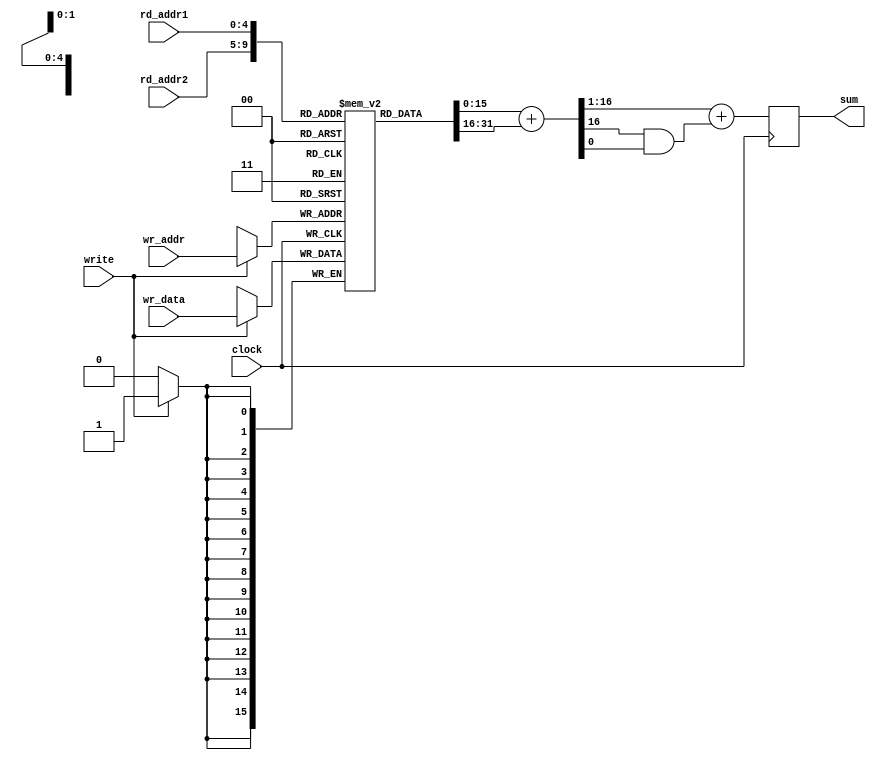
//
// Copyright 2011 Ettus Research LLC
//
// This program is free software: you can redistribute it and/or modify
// it under the terms of the GNU General Public License as published by
// the Free Software Foundation, either version 3 of the License, or
// (at your option) any later version.
//
// This program is distributed in the hope that it will be useful,
// but WITHOUT ANY WARRANTY; without even the implied warranty of
// MERCHANTABILITY or FITNESS FOR A PARTICULAR PURPOSE.  See the
// GNU General Public License for more details.
//
// You should have received a copy of the GNU General Public License
// along with this program.  If not, see <http://www.gnu.org/licenses/>.
//



module ram32_2sum (input clock, input write, 
		   input [4:0] wr_addr, input [15:0] wr_data,
		   input [4:0] rd_addr1, input [4:0] rd_addr2,
		   output reg [15:0] sum);
   
   reg [15:0] 			ram_array [0:31];
   wire [16:0] 			sum_int;
   
   always @(posedge clock)
     if(write)
       ram_array[wr_addr] <= #1 wr_data;

   assign sum_int = ram_array[rd_addr1] + ram_array[rd_addr2];

   always @(posedge clock)
     sum <= #1 sum_int[16:1] + (sum_int[16]&sum_int[0]);

   
endmodule // ram32_2sum